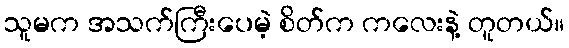
သူမက အသက်ကြီးပေမဲ့ စိတ်က ကလေးနဲ့ တူတယ်။